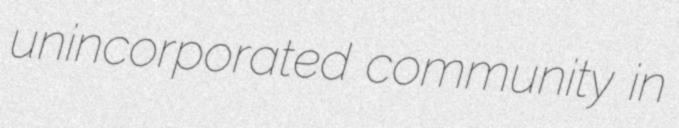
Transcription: unincorporated community in